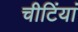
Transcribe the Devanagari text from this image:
चीटिंयां